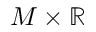
M \times \mathbb { R }